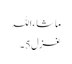
ماشاءاللہ
غزل 5۔